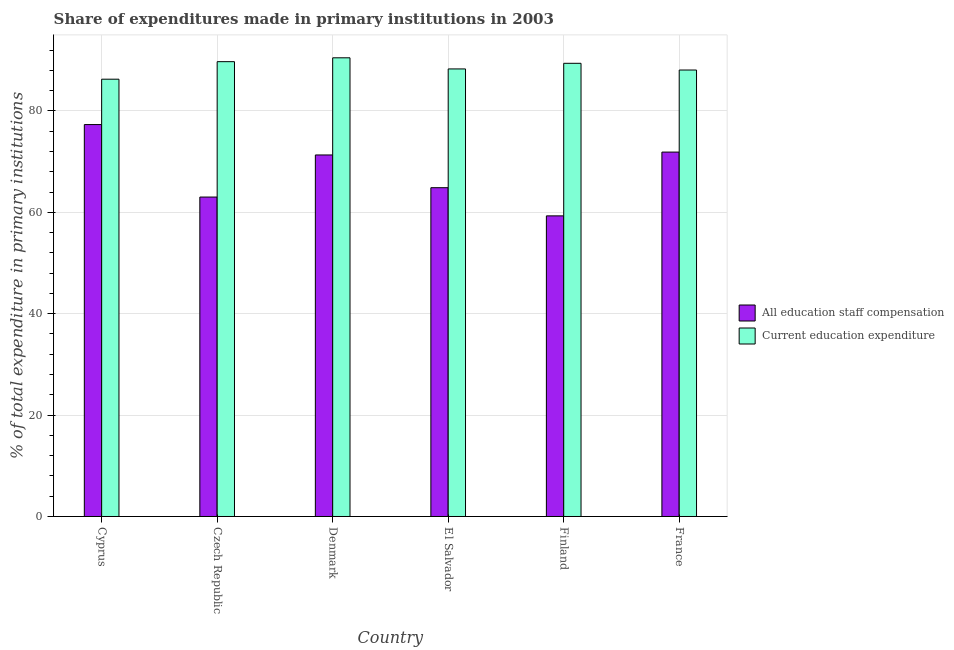
| Country | All education staff compensation | Current education expenditure |
 | --- | --- | --- |
 | Cyprus | 77.3 | 86.3 |
 | Czech Republic | 63 | 89.7 |
 | Denmark | 71.3 | 90.5 |
 | El Salvador | 64.9 | 88.3 |
 | Finland | 59.3 | 89.4 |
 | France | 71.9 | 88.1 |